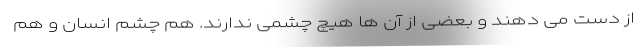
از دست می دهند و بعضی از آن ها هیچ چشمی ندارند. هم چشم انسان و هم